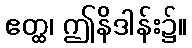
ဧတ္ထ၊ ဤနိဒါန်း၌။